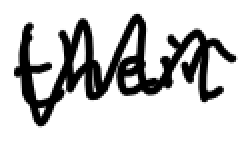
Text: their
Cross-out: zig-zag
Writing tool: digital_black